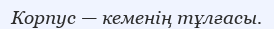
Корпус — кеменің тұлғасы.